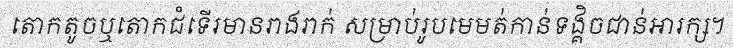
តោកតូចឬតោកជំទើរមានរាងរាក់ សម្រាប់រូបមេមត់កាន់ទង្គិចជាន់អារក្ស។